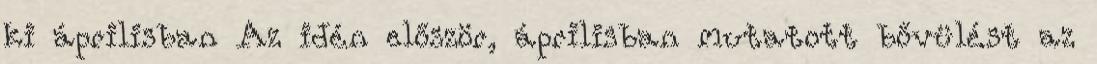
ki áprilisban Az idén először, áprilisban mutatott bővülést az